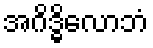
အဂိဒ္ဓိလောဘံ